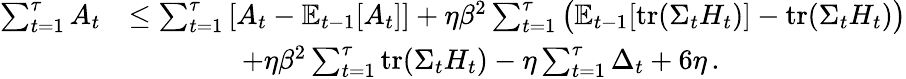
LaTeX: \begin{array}{rl}{\sum_{t=1}^{\tau}A_{t}}&{\leq\sum_{t=1}^{\tau}\left[A_{t}-\mathbb E_{t-1}[A_{t}]\right]+\eta\beta^{2}\sum_{t=1}^{\tau}\big(\mathbb E_{t-1}[\operatorname{tr}(\Sigma_{t}H_{t})]-\operatorname{tr}(\Sigma_{t}H_{t})\big)}\\ &{\qquad\qquad+\eta\beta^{2}\sum_{t=1}^{\tau}\operatorname{tr}(\Sigma_{t}H_{t})-\eta\sum_{t=1}^{\tau}\Delta_{t}+6\eta\, .}\end{array}